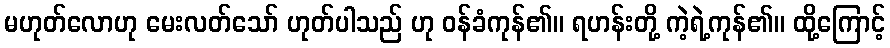
မဟုတ်လောဟု မေးလတ်သော် ဟုတ်ပါသည် ဟု ဝန်ခံကုန်၏။ ရဟန်းတို့ ကဲ့ရဲ့ကုန်၏။ ထို့ကြောင့်